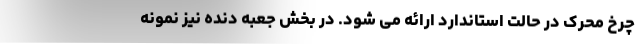
چرخ محرک در حالت استاندارد ارائه می شود. در بخش جعبه دنده نیز نمونه